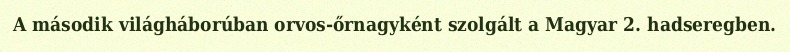
A második világháborúban orvos-őrnagyként szolgált a Magyar 2. hadseregben.